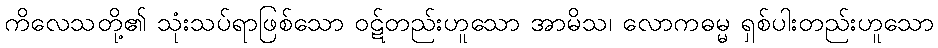
ကိလေသတို့၏ သုံးသပ်ရာဖြစ်သော ဝဋ်တည်းဟူသော အာမိသ၊ လောကဓမ္မ ရှစ်ပါးတည်းဟူသော